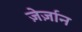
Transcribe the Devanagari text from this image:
ज़ेर्ज़ान